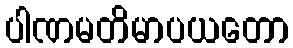
ပါဏမတိမာပယတော